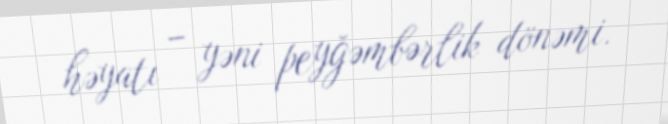
həyatı – yəni peyğəmbərlik dönəmi.